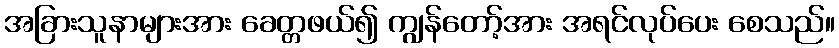
အခြားသူနာများအား ခေတ္တဖယ်၍ ကျွန်တော့်အား အရင်လုပ်ပေး စေသည်။